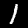
Digit: 1